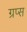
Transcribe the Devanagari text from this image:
ग्रप्स